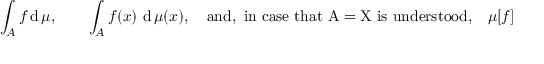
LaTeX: \int _ { A } f \operatorname { d } \mu , \qquad \int _ { A } f ( x ) \, \operatorname { d } \mu ( x ) , \quad { \mathrm { a n d , ~ i n ~ c a s e ~ t h a t ~ A = X ~ i s ~ u n d e r s t o o d , } } \quad \mu [ f ]